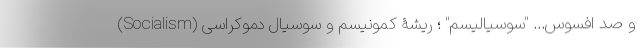
و صد افسوس... "سوسیالیسم" ؛ ریشۀ کمونیسم و سوسیال دموکراسی (Socialism)